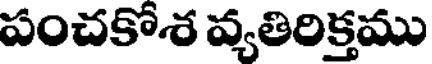
పంచకోశ వ్యతిరిక్తము